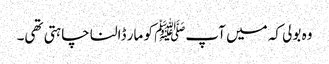
وہ بولی کہ میں آپﷺ کو مار ڈالنا چاہتی تھی۔